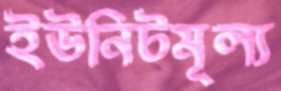
ইউনিটমূল্য